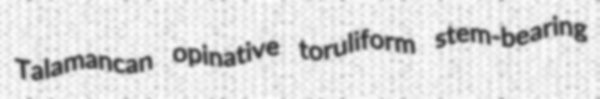
Talamancan opinative toruliform stem-bearing